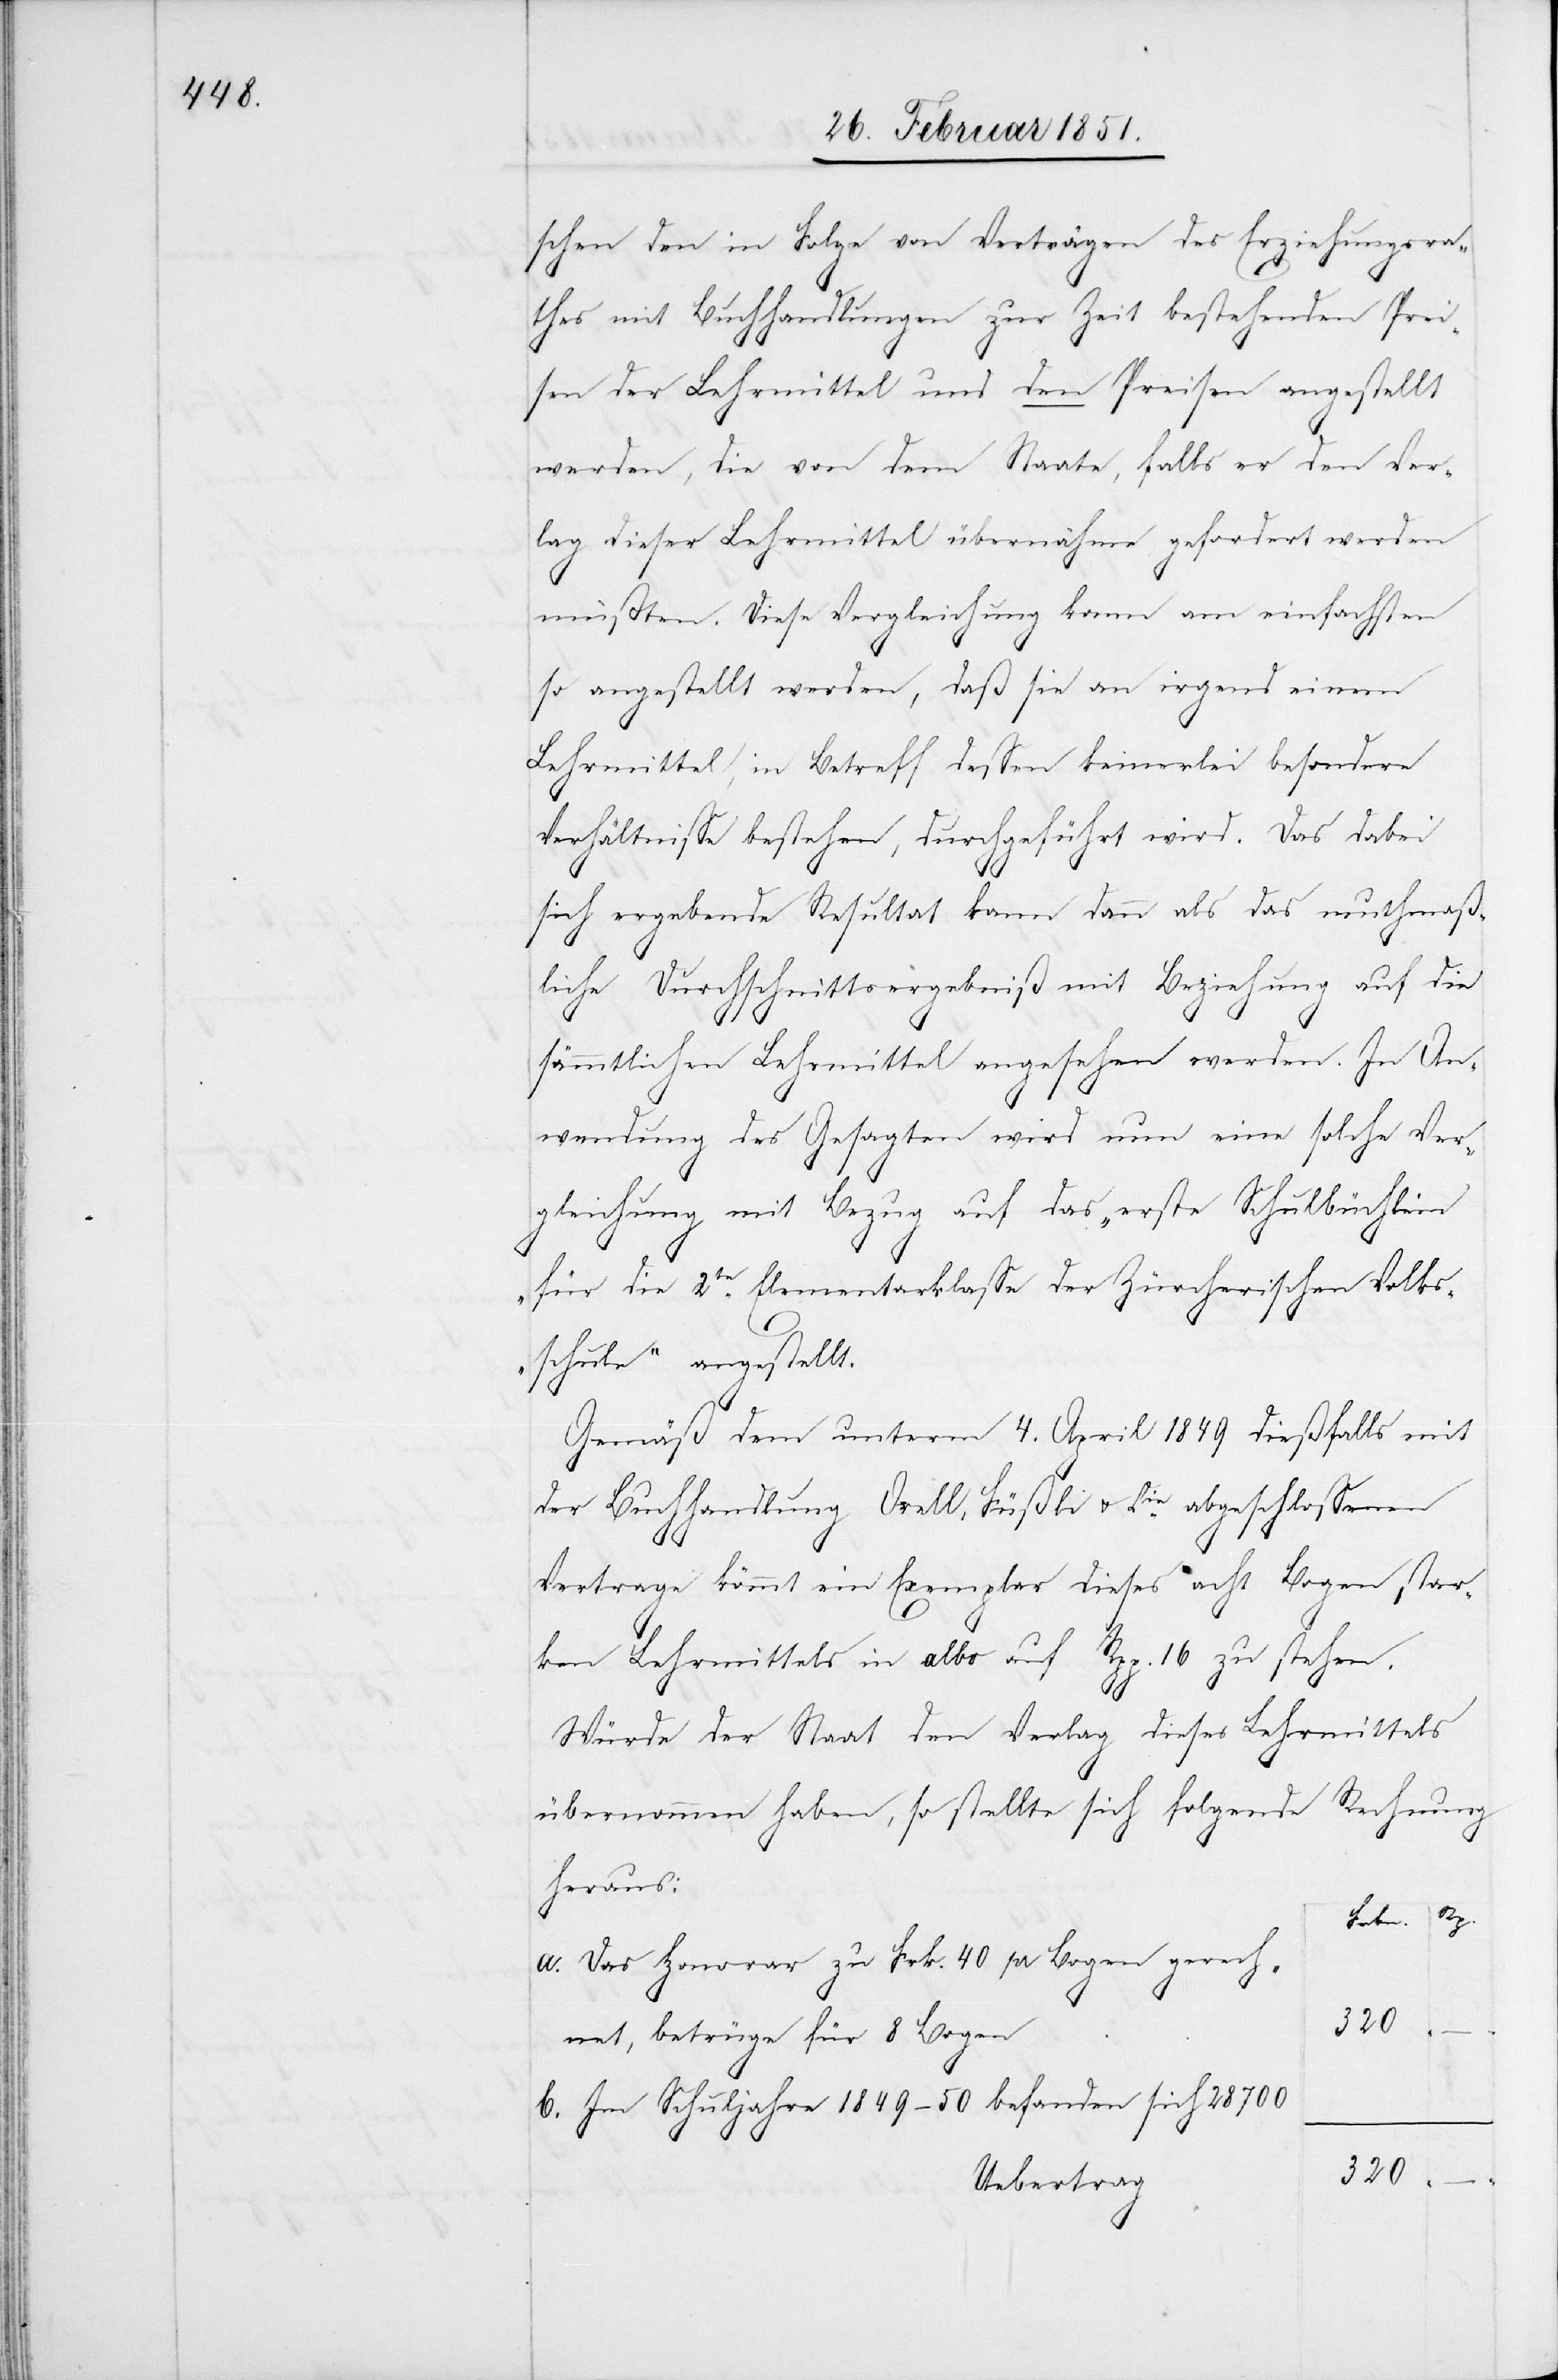
schen den in Folge von Verträgen des Erziehungsra¬
thes mit Buchhandlungen zur Zeit bestehenden Prei¬
sen der Lehrmittel und den Preisen angestellt
werden, die von dem Staate, falls er den Ver¬
lag dieser Lehrmittel übernähme, gefordert werden
müßten. Diese Vergleichung kann am einfachsten
so angestellt werden, daß sie an irgend einem
Lehrmittel, in Betreff dessen keinerlei besondere
Verhältnisse bestehen, durchgeführt wird. Das dabei
–
sich ergebende Resultat kann dann als das muthmaß¬
liche Durchschnittsergebniß mit Beziehung auf die
sämmtlichen Lehrmittel angesehen werden. In An¬
wendung des Gesagten wird nun eine solche Ver¬
gleichung mit Bezug auf das „erste Schulbüchlein
für die 2te Elementarklasse der Zürcherischen Volks¬
schule“ angestellt.
Gemäß dem unterm 4. April 1849 dießfalls mit
der Buchhandlung Orell, Füßli u. Cie. abgeschlossenen
Vertrage kömmt ein Exemplar dieses acht Bogen star¬
ken Lehrmittels in albo auf Rpp. 16 zu stehen.
Würde der Staat den Verlag dieses Lehrmittels
übernommen haben, so stellte sich folgende Rechnung
heraus:
Das Honorar zu Frk. 40 pr Bogen gerech¬
320
net, betrüge für 8 Bogen
Im Schuljahre 1849–50 befanden sich 28700
Uebertrag